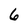
Character: 6